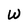
Character: W